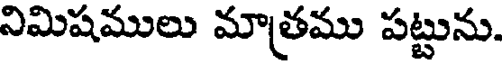
నిమిషములు మాత్రము పట్టును.